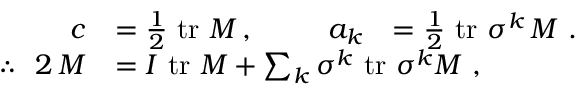
{ \begin{array} { r l } { c } & { = { \frac { 1 } { 2 } } \, \operatorname { t r } \, M \, , { \begin{array} { r l r l } & { } & { a _ { k } } & { = { \frac { 1 } { 2 } } \, \operatorname { t r } \, \sigma ^ { k } \, M ~ . } \end{array} } } \\ { \therefore ~ ~ 2 \, M } & { = I \, \operatorname { t r } \, M + \sum _ { k } \sigma ^ { k } \, \operatorname { t r } \, \sigma ^ { k } M ~ , } \end{array} }